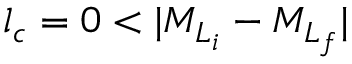
{ l } _ { c } = 0 < \vert { M } _ { { L } _ { i } } - { M } _ { { L } _ { f } } \vert